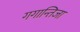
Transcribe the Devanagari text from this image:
गगान्तिजा